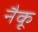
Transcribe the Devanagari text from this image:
नैकू